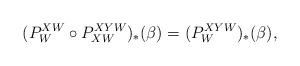
LaTeX: \begin{align*}(P_{W}^{XW}\circ P_{XW}^{XYW})_\ast(\beta)=(P_{W}^{XYW})_\ast(\beta),\end{align*}